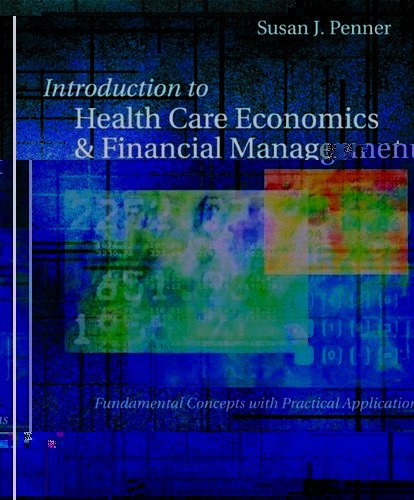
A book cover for Introduction to Health Care Economics and Financial Management: Fundamental Concepts with Practical Application; Susan Penner RN  MN  MPA  DrPH; Medical Books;